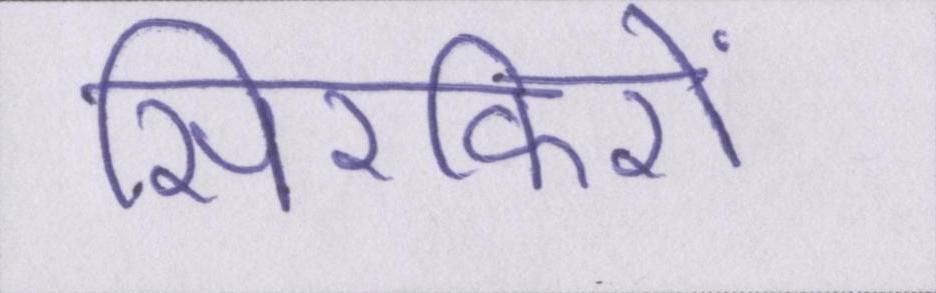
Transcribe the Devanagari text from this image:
सिरफिरों